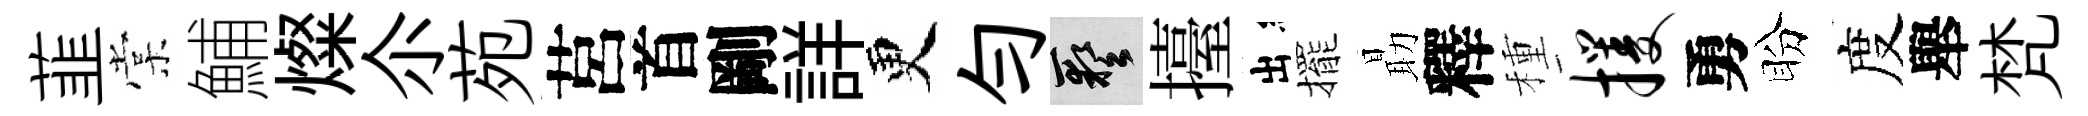
韮棠鯆燦尒苑莒首剛詳更勻藝擡出擺朂釋種攫勇盼度舉梵